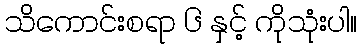
သိကောင်းစရာ ၆ နှင့် ကိုသုံးပါ။